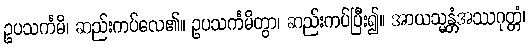
ဥပသင်္ကမိ၊ ဆည်းကပ်လေ၏။ ဥပသင်္ကမိတွာ၊ ဆည်းကပ်ပြီး၍။ အာယသ္မန္တံအဿဂုတ္တံ၊